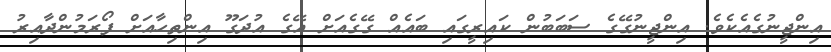
އިންޖީނުގެއެކެވެ. އިންޖީނުގޭގެ ސަބަބުން ކައިރީގައި ބައެއް ގޭގެއަށް އޭގެ އުދަގޫ އިންތިހާއަށް ފޯރަމުންދާއިރު